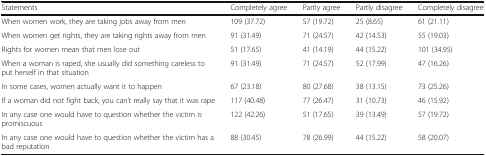
<table><thead><tr><td><b>Statements</b></td><td><b>Completely agree</b></td><td><b>Partly agree</b></td><td><b>Partly disagree</b></td><td><b>Completely disagree</b></td></tr></thead><tbody><tr><td>When women work, they are taking jobs away from men</td><td>109 (37.72)</td><td>57 (19.72)</td><td>25 (8.65)</td><td>61 (21.11)</td></tr><tr><td>When women get rights, they are taking rights away from men</td><td>91 (31.49)</td><td>71 (24.57)</td><td>42 (14.53)</td><td>55 (19.03)</td></tr><tr><td>Rights for women mean that men lose out</td><td>51 (17.65)</td><td>41 (14.19)</td><td>44 (15.22)</td><td>101 (34.95)</td></tr><tr><td>When a woman is raped, she usually did something careless to put herself in that situation</td><td>91 (31.49)</td><td>71 (24.57)</td><td>52 (17.99)</td><td>47 (16.26)</td></tr><tr><td>In some cases, women actually want it to happen</td><td>67 (23.18)</td><td>80 (27.68)</td><td>38 (13.15)</td><td>73 (25.26)</td></tr><tr><td>If a woman did not fight back, you can’t really say that it was rape</td><td>117 (40.48)</td><td>77 (26.47)</td><td>31 (10.73)</td><td>46 (15.92)</td></tr><tr><td>In any case one would have to question whether the victim is promiscuous</td><td>122 (42.26)</td><td>51 (17.65)</td><td>39 (13.49)</td><td>57 (19.72)</td></tr><tr><td>In any case one would have to question whether the victim has a bad reputation</td><td>88 (30.45)</td><td>78 (26.99)</td><td>44 (15.22)</td><td>58 (20.07)</td></tr></tbody></table>